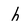
Character: h